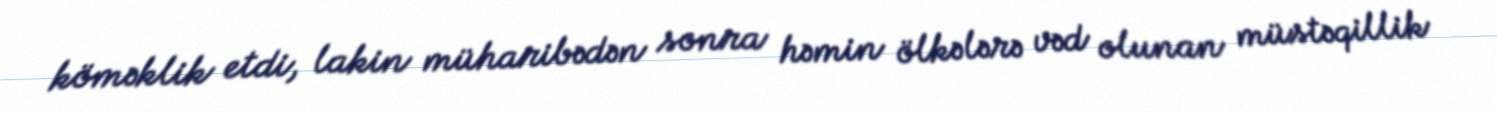
köməklik etdi, lakin müharibədən sonra həmin ölkələrə vəd olunan müstəqillik